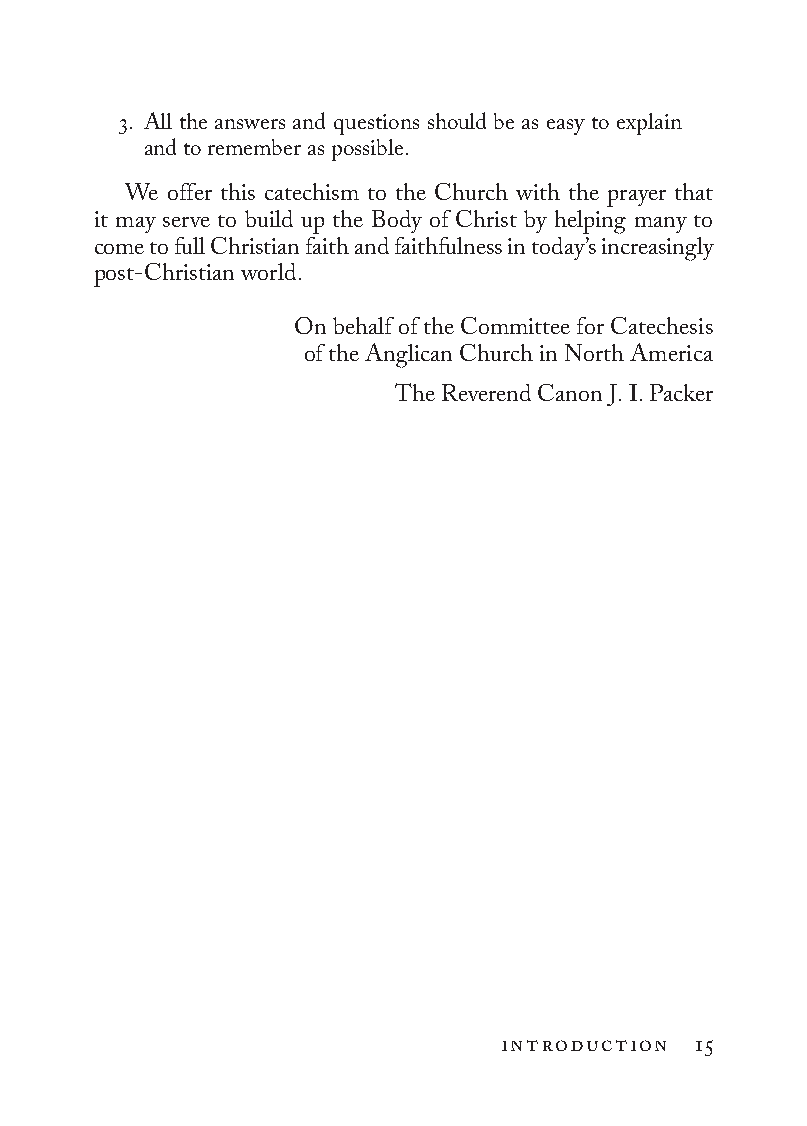
3. All the answers and questions should be as easy to explain
 and to remember as possible.
 We offer this catechism to the Church with the prayer that
 it may serve to build up the Body of Christ by helping many to
 come to full Christian faith and faithfulness in today’s increasingly
 post-Christian world.
 On behalf of the Committee for Catechesis
 of the Anglican Church in North America
 The Reverend Canon J. I. Packer
 introduction 15
 To be a Christian.566776.int.indd 15        11/13/19 1:31 PM